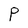
Character: P